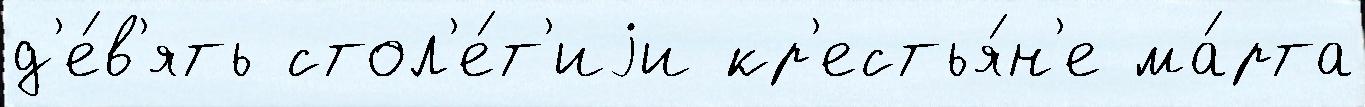
д'е́в'ять стол'е́т'иjи кр'естья́н'е ма́рта